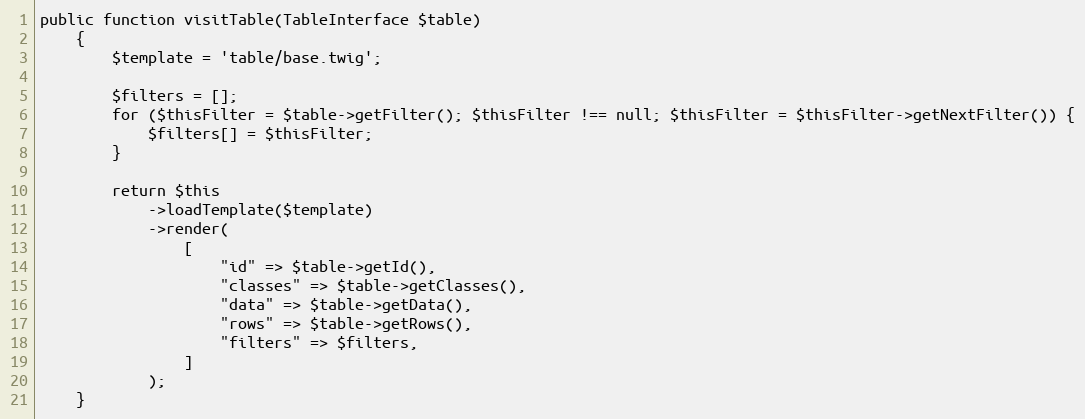
Language: PHP
public function visitTable(TableInterface $table)
    {
        $template = 'table/base.twig';

        $filters = [];
        for ($thisFilter = $table->getFilter(); $thisFilter !== null; $thisFilter = $thisFilter->getNextFilter()) {
            $filters[] = $thisFilter;
        }

        return $this
            ->loadTemplate($template)
            ->render(
                [
                    "id" => $table->getId(),
                    "classes" => $table->getClasses(),
                    "data" => $table->getData(),
                    "rows" => $table->getRows(),
                    "filters" => $filters,
                ]
            );
    }